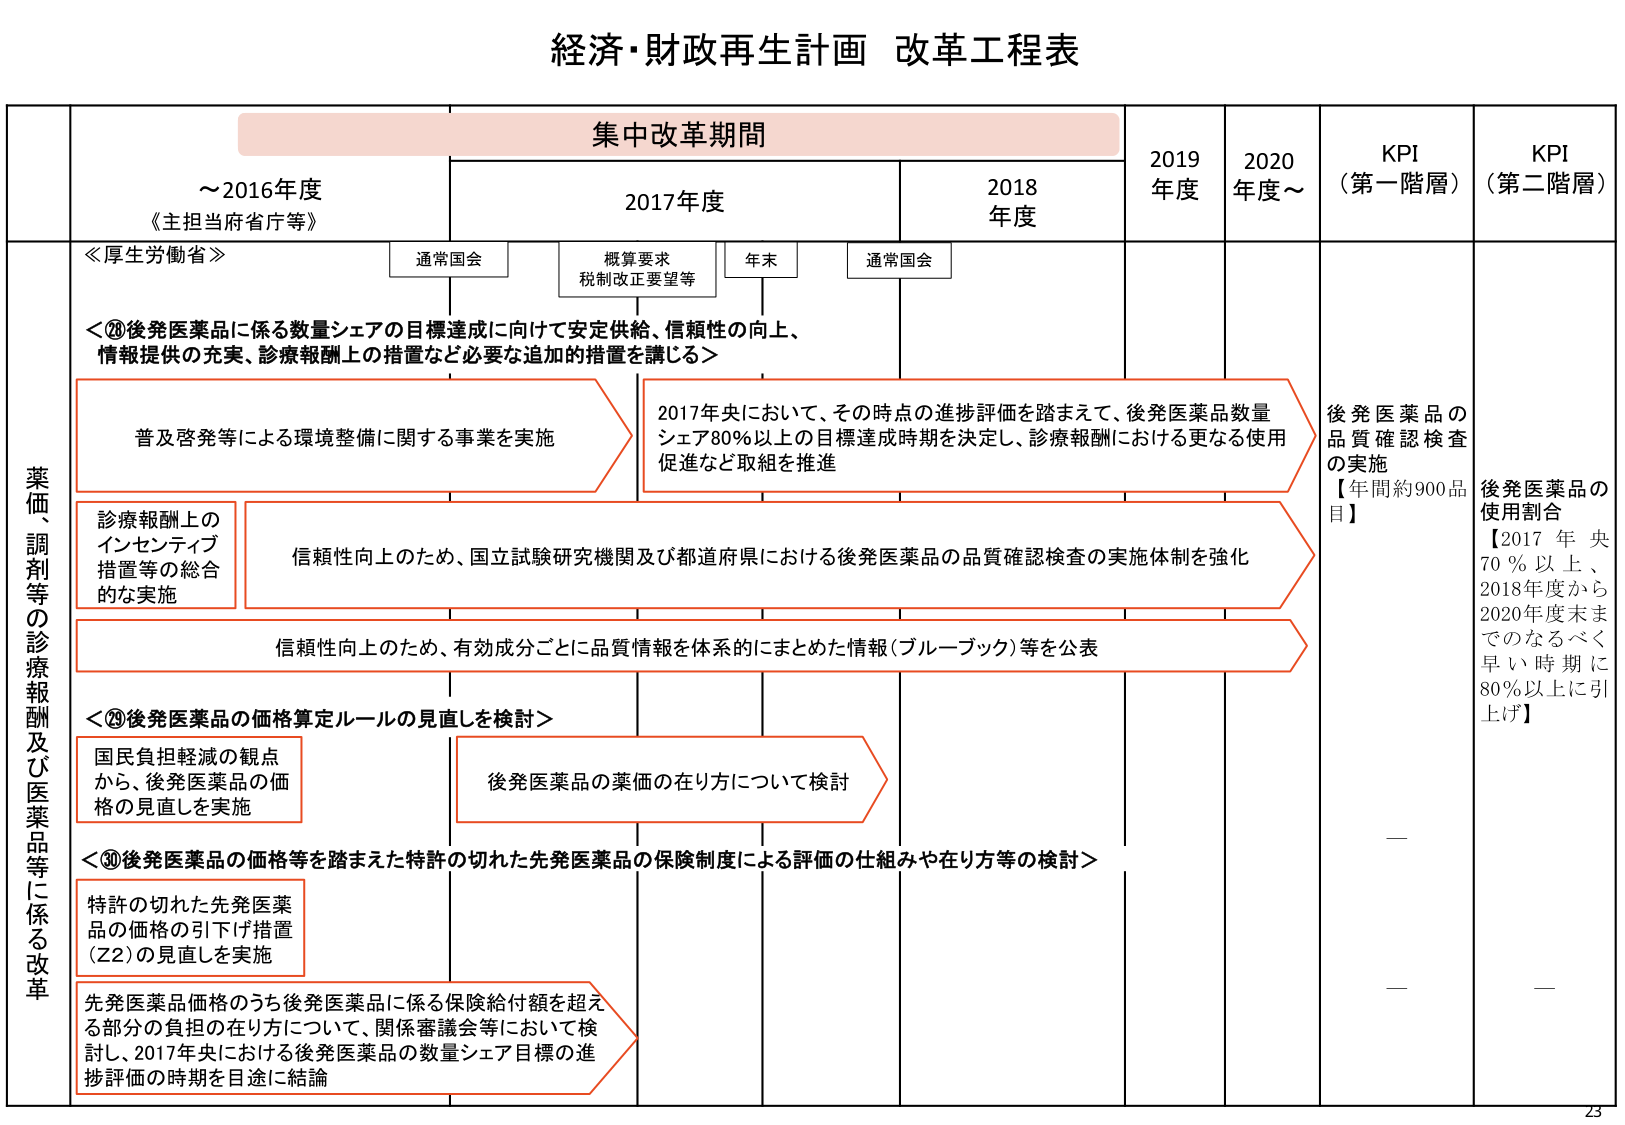
経済・財政再生計画 改革工程表

集中改革期間

～2016年度
《主担当府省庁等》

2017年度

2018年度

2019年度

2020年度～

KPI（第一階層）

KPI（第二階層）

≪厚生労働省≫

通常国会

概算要求
税制改正要望等

年末

通常国会

薬価、調剤等の診療報酬及び医薬品等に係る改革

＜⑳後発医薬品に係る数量シェアの目標達成に向けて安定供給、信頼性の向上、情報提供の充実、診療報酬上の措置など必要な追加的措置を講じる＞

普及啓発等による環境整備に関する事業を実施

2017年央において、その時点の進捗評価を踏まえて、後発医薬品数量シェア80％以上の目標達成時期を決定し、診療報酬における更なる使用促進など取組を推進

診療報酬上のインセンティブ措置等の総合的な実施

信頼性向上のため、国立試験研究機関及び都道府県における後発医薬品の品質確認検査の実施体制を強化

信頼性向上のため、有効成分ごとに品質情報を体系的にまとめた情報（ブルーブック）等を公表

＜㉑後発医薬品の価格算定ルールの見直しを検討＞

国民負担軽減の観点から、後発医薬品の価格の見直しを実施

後発医薬品の薬価の在り方について検討

＜㉒後発医薬品の価格等を踏まえた特許の切れた先発医薬品の保険制度による評価の仕組みや在り方等の検討＞

特許の切れた先発医薬品の価格の引下げ措置（Z2）の見直しを実施

先発医薬品価格のうち後発医薬品に係る保険給付額を超える部分の負担の在り方について、関係審議会等において検討し、2017年央における後発医薬品の数量シェア目標の進捗評価の時期を目途に結論

後発医薬品の品質確認検査の実施
【年間約900品目】

後発医薬品の使用割合
【2017年央70％以上、2018年度から2020年度末までとなるべく早い時期に80％以上に引上げ】

—
—
—

23